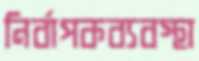
নির্বাপকব্যবস্থা